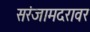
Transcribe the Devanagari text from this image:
सरंजामदरावर